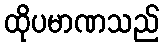
ထိုပမာဏသည်